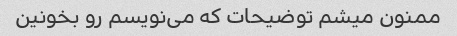
ممنون میشم توضیحات که می‌نویسم رو بخونین